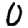
Digit: 0